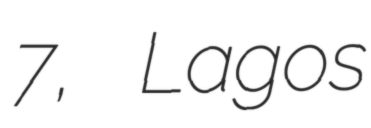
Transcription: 7, Lagos